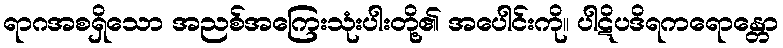
ရာဂအစရှိသော အညစ်အကြေးသုံးပါးတို့၏ အပေါင်းကို။ ပါဋိပဒိရကရောန္တော